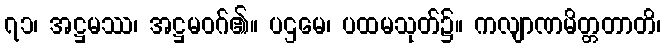
၇၁၊ အဋ္ဌမဿ၊ အဋ္ဌမဝဂ်၏။ ပဌမေ၊ ပထမသုတ်၌။ ကလျာဏမိတ္တတာတိ၊